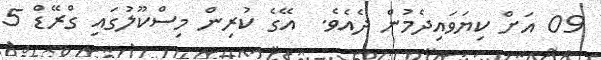
09 އަށް ކިޔަވައިދެމުން ދެއެވެ.  އޭގެ ކުރިން މިސްކޫލުގައި ގްރޭޑް 5